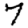
Digit: 7